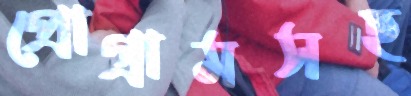
প্রোগ্রামসহ